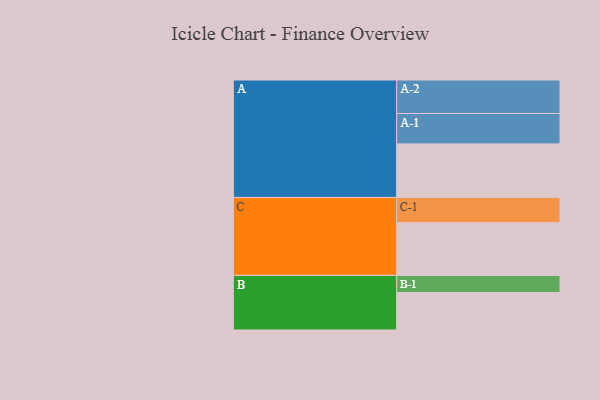
{"axis": {"x": "Segment", "y": "Value"}, "legend": ["", "A", "B", "C"], "data": [{"x": "A", "y": 457, "type": ""}, {"x": "B", "y": 319, "type": ""}, {"x": "C", "y": 449, "type": ""}, {"x": "A-1", "y": 259, "type": "A"}, {"x": "A-2", "y": 286, "type": "A"}, {"x": "B-1", "y": 147, "type": "B"}, {"x": "C-1", "y": 216, "type": "C"}]}